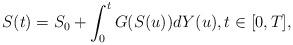
LaTeX: \begin{align*}S(t)=S_0+\int_0^tG(S(u))dY(u),t\in[0,T],\end{align*}